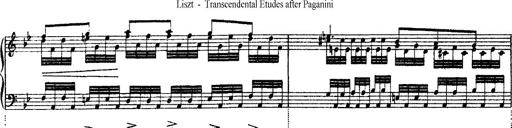
Title: Ã‰tudes d'exÃ©cution transcendante d'aprÃ¨s Paganini
Composer: Franz Liszt